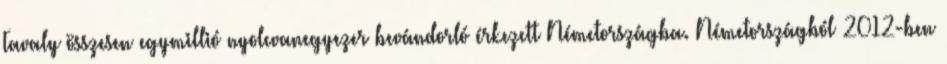
Tavaly összesen egymillió nyolcvanegyezer bevándorló érkezett Németországba. Németországból 2012-ben